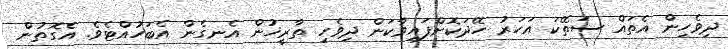
ދިވެހިން އެތައް ސަތޭކަ އަހަރު ހޭދަކޮށްފައިވާކަން ދިވެހި ތާރީޚުން އެނގެން އެބަހުއްޓެވެ. އެގޮތުން